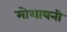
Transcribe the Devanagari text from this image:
मोशायनी